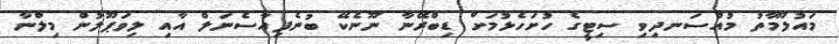
މައުލޫމާތު މުއްސަނދިވި ސިޓީގެ ހުށަހެޅުމަށް ޑިބްރޭނާ ނޫނެކޭ ބުނެފިއާސެނަލް އާއި ލިވަޕޫލުން މިލްނާ